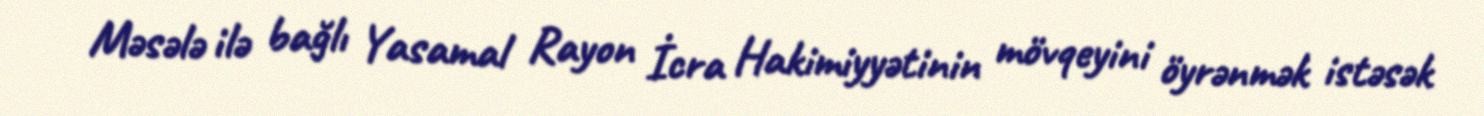
Məsələ ilə bağlı Yasamal Rayon İcra Hakimiyyətinin mövqeyini öyrənmək istəsək